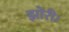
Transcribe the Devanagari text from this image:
झोरी।